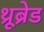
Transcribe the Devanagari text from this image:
थ्रूब्रेड